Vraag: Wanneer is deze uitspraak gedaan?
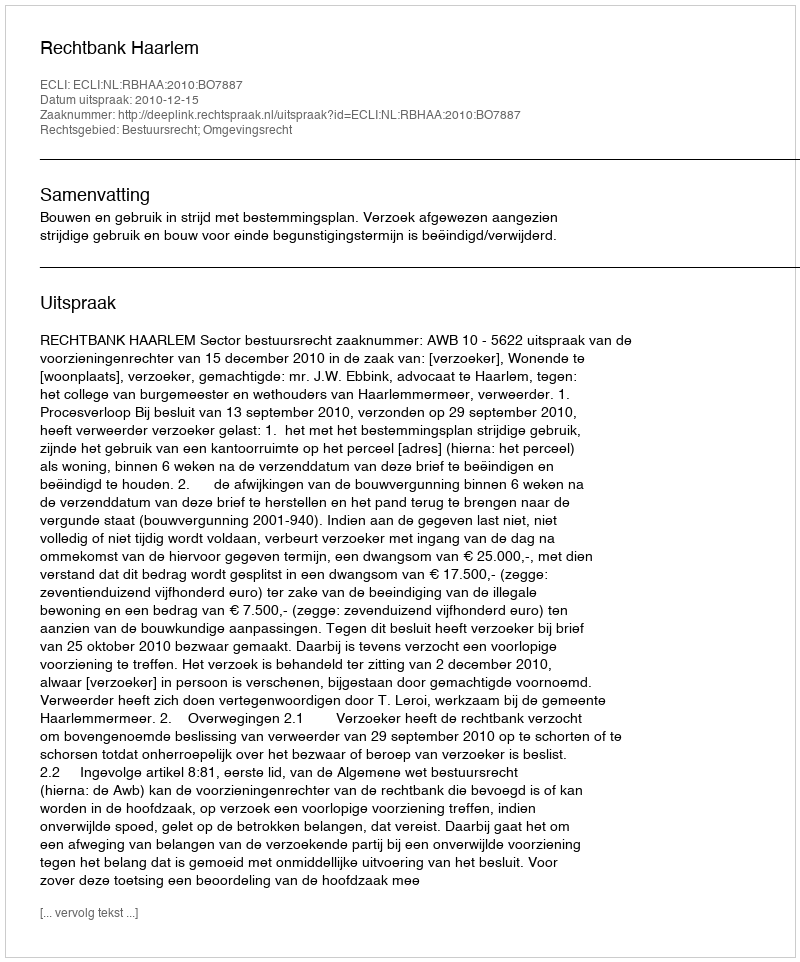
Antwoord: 2010-12-15